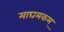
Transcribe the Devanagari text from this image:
माघमकम्